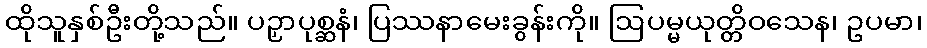
ထိုသူနှစ်ဦးတို့သည်။ ပဉှာပုစ္ဆနံ၊ ပြဿနာမေးခွန်းကို။ ဩပမ္မယုတ္တိဝသေန၊ ဥပမာ၊